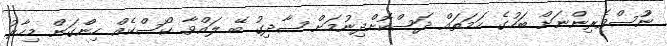
ނުުސްވެރިންނަށް ބަހުގެ ހަމަތައް ދަސްކޮށްްދިނުމަށްް ޞާދިގު ބޭ ލައްވާ ކޯސްކެއް ހިންްގަން މިހާރު